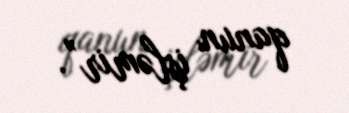
qanun işləmir”.